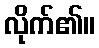
လိုက်၏။